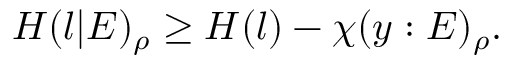
H ( l | E ) _ { \rho } \geq H ( l ) - \chi ( y : E ) _ { \rho } .